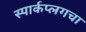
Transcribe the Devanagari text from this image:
स्पार्कप्लगचा